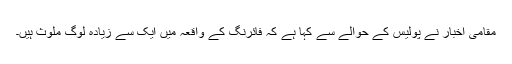
مقامی اخبار نے پولیس کے حوالے سے کہا ہے کہ فائرنگ کے واقعہ میں ایک سے زیادہ لوگ ملوث ہیں۔